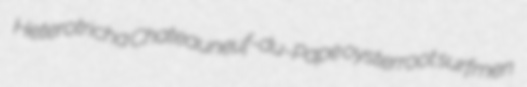
Heterotricha Chateauneuf-du-Pape oysterroot surfmen